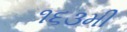
૧૬૩મી